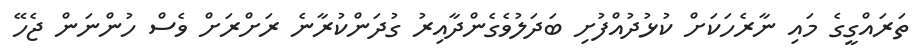
ތަރައްގީގެ މައި ނާރެހަކަށް ކުޅުދުއްފުށި ބަދަލުވެގެންދާއިރު ގުދަންކުރާނެ ރަށްރަށް ވެސް ހުންނަން ޖެހޭ